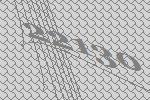
22130